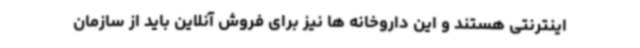
اینترنتی هستند و این داروخانه ها نیز برای فروش آنلاین باید از سازمان